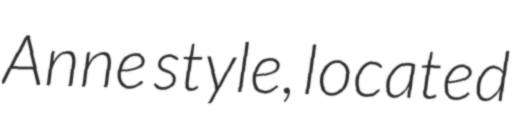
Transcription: Anne style, located